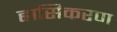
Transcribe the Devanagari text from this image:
ह्रासिकरण